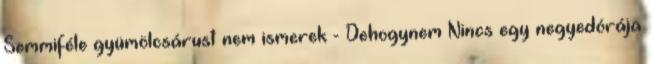
Semmiféle gyümölcsárust nem ismerek - Dehogynem Nincs egy negyedórája